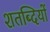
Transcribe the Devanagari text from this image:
शतब्दियों